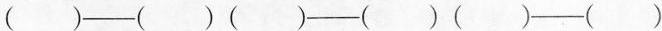
( )——( ) ( )——( ) ( )——( )